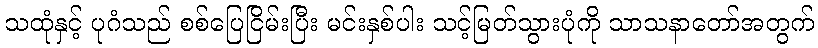
သထုံနှင့် ပုဂံသည် စစ်ပြေငြိမ်းပြီး မင်းနှစ်ပါး သင့်မြတ်သွားပုံကို သာသနာတော်အတွက်